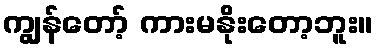
ကျွန်တော့် ကားမနိုးတော့ဘူး။